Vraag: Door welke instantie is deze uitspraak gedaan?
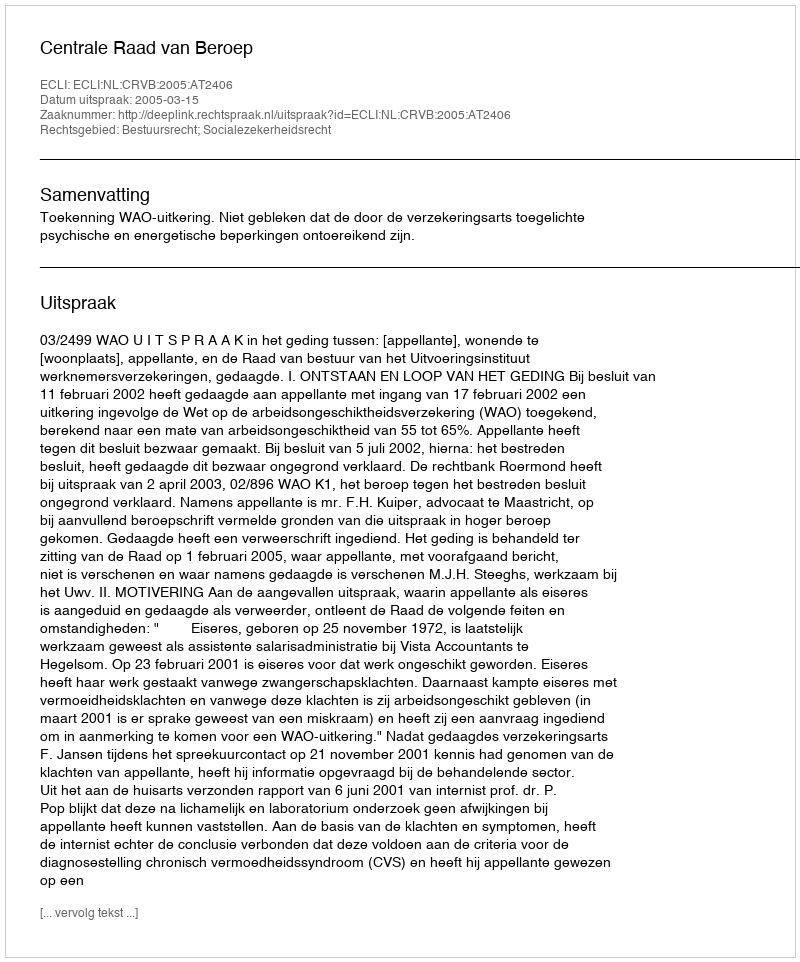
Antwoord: Centrale Raad van Beroep